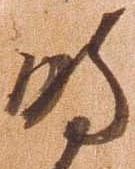
時